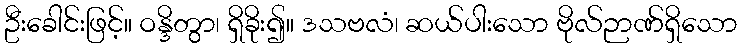
ဦးခေါင်းဖြင့်။ ဝန္ဒိတွာ၊ ရှိခိုး၍။ ဒသဗလံ၊ ဆယ်ပါးသော ဗိုလ်ဉာဏ်ရှိသော